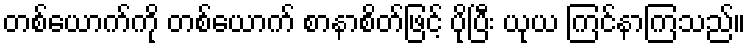
တစ်ယောက်ကို တစ်ယောက် စာနာစိတ်ဖြင့် ပိုပြီး ယုယ ကြင်နာကြသည်။